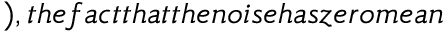
) , t h e f a c t t h a t t h e n o i s e h a s z e r o m e a n